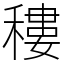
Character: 䅹